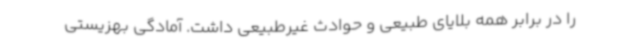
را در برابر همه بلایای طبیعی و حوادث غیرطبیعی داشت. آمادگی بهزیستی